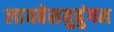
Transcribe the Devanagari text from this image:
लायबेसयुबुंगन